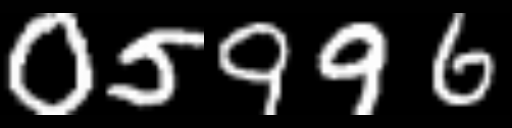
Text: 05996